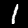
Label: 1